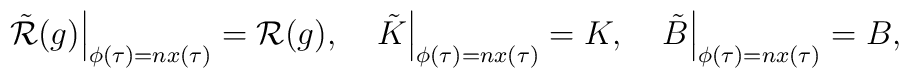
\left.\tilde{{\cal R}}(g)\right\vert\sb{\phi(\tau)=nx(\tau)}={\cal R}(g),\quad\left.\tilde{K}\right\vert\sb{\phi(\tau)=nx(\tau)}=K,\quad\left.\tilde{B}\right\vert\sb{\phi(\tau)=nx(\tau)}=B,